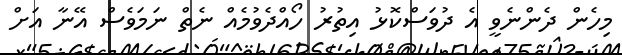
މިހެން ދެންނެވީ އެ ދުވަސްކޮޅު އިތުރު ހޯއްދެވުމެއް ނެތް ނަމަވެސް އޭނާ އަށް